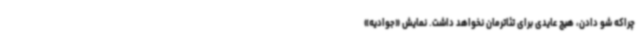
چراکه شو دادن، هیچ عایدی برای تئاترمان نخواهد داشت. نمایش «جوادیه»